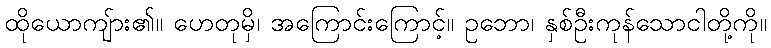
ထိုယောကျ်ား၏။ ဟေတုမှိ၊ အကြောင်းကြောင့်။ ဥဘော၊ နှစ်ဦးကုန်သောငါတို့ကို။